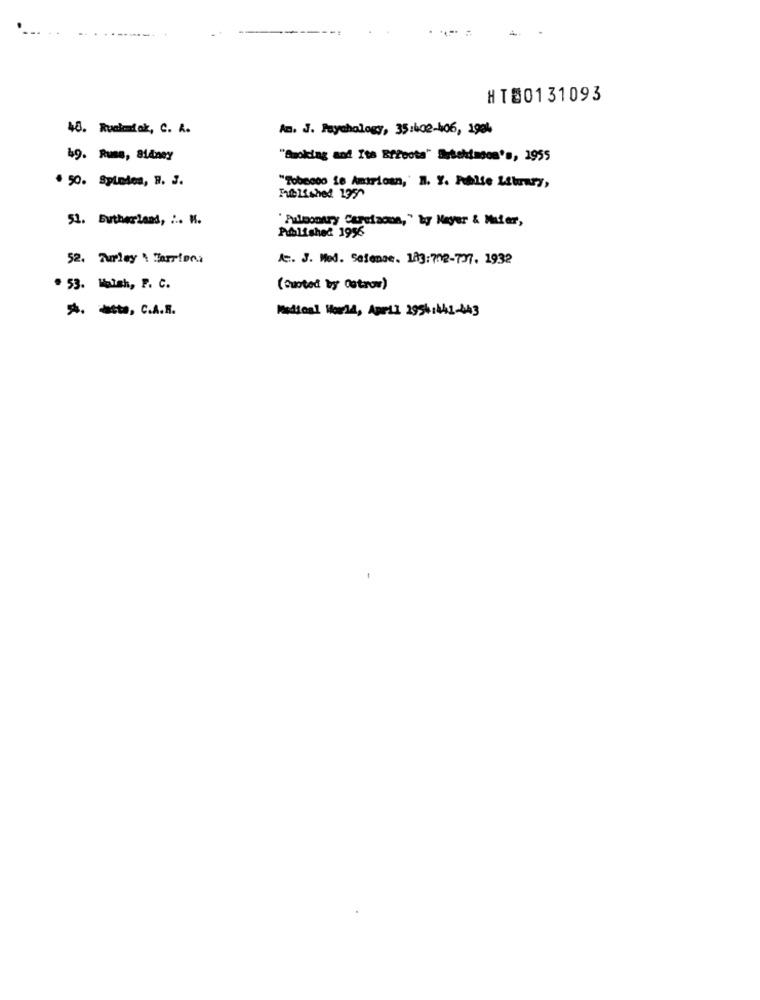
...
HTE0131093
48. Ruskemtak, C. A.
Am. J. Psychology, 35:402-406, 1984
49. Runs, 814ney
"Smoking and Its Bffoota" Sebehimgon's, 1955
. 50. Spindea, B. J.
"Tobacco is Amirican,' N. Y. Fehlte Library,
Published 1957
51. Sutherland, ... M.
" Pulmonary Carciaoon," by Nayer & Mufer,
Published 1956
52. Turley \ Sarrians
A. J. Med. Seience. 183: 708-737. 1932
. 53. Maish, P. C.
(Ousted by Ostrov)
*. *, C.A.R.
Medical World, April 2954:441-443